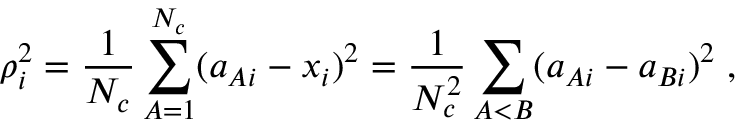
\rho _ { i } ^ { 2 } = \frac { 1 } { N _ { c } } \sum _ { A = 1 } ^ { N _ { c } } ( a _ { A i } - x _ { i } ) ^ { 2 } = \frac { 1 } { N _ { c } ^ { 2 } } \sum _ { A < B } ( a _ { A i } - a _ { B i } ) ^ { 2 } \; ,